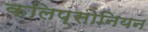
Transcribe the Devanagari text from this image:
कलिप्सोनियन